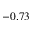
- 0 . 7 3